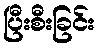
ပြီးစီးခြင်း